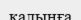
қалыңға